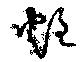
炷